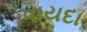
વાયદા